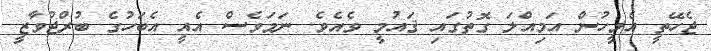
ޖެހޭތީ އެމީހުން އަމިއްލަ ގޮތުގައި ޤައުމީ ވެއެވެ. ނަމަވެސް އެއީ އެބަހުގެ ބުރްޖުވާޒީ